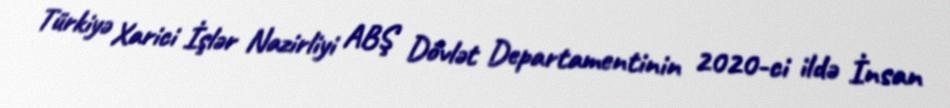
Türkiyə Xarici İşlər Nazirliyi ABŞ Dövlət Departamentinin 2020-ci ildə İnsan